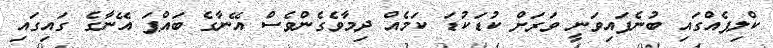
ކްލިޕެއްގައި ބުނެފައިވަނީ ވަރަށް ކުޑަކުޑަ ކަމެއް ދިމާވެގެންވެސް އޭނާގެ ބައްޕަ އޭނާގެ ގައިގައި